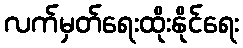
လက်မှတ်ရေးထိုးနိုင်ရေး